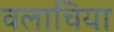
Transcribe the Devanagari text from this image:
वलाचिया